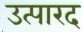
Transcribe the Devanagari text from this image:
उत्पारद